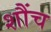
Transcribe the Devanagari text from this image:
शौंच